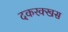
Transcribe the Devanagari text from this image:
दकरक्खस